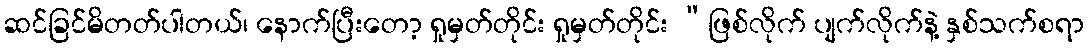
ဆင်ခြင်မိတတ်ပါတယ်၊ နောက်ပြီးတော့ ရှုမှတ်တိုင်း ရှုမှတ်တိုင်း “ဖြစ်လိုက် ပျက်လိုက်နဲ့ နှစ်သက်စရာ